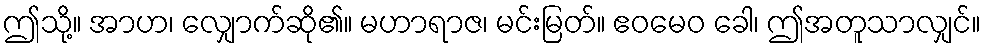
ဤသို့။ အာဟ၊ လျှောက်ဆို၏။ မဟာရာဇ၊ မင်းမြတ်။ ဧဝမေဝ ခေါ၊ ဤအတူသာလျှင်။